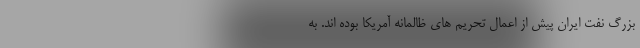
بزرگ نفت ایران پیش از اعمال تحریم های ظالمانه آمریکا بوده اند. به